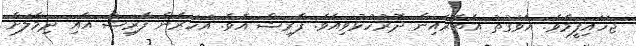
ޖަހައިފީމެވެ. އެވަގުތު އެތެރެއިން ދޮރުހުޅުވިއެވެ. ފާރިޝް އެވެ. އަހަރެން ފާރިޝް އާއި ދިމާލަށް